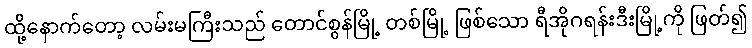
ထို့နောက်တော့ လမ်းမကြီးသည် တောင်စွန်မြို့ တစ်မြို့ ဖြစ်သော ရီအိုဂရန်းဒီးမြို့ကို ဖြတ်၍